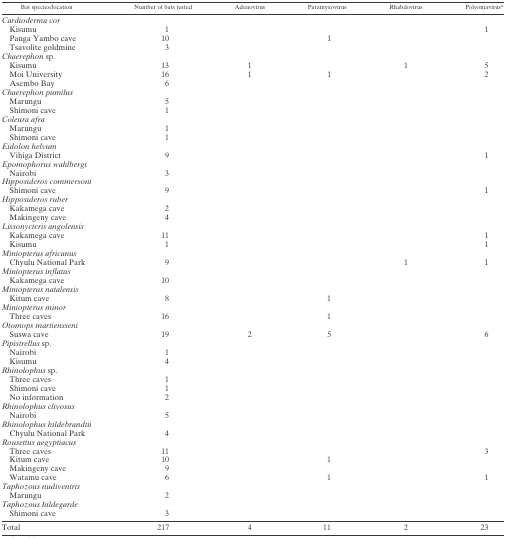
<table><thead><tr><td><b>Bat species/location</b></td><td><b>Number of bats tested</b></td><td><b>Adenovirus</b></td><td><b>Paramyxovirus</b></td><td><b>Rhabdovirus</b></td><td><b>Polyomavirus*</b></td></tr></thead><tbody><tr><td colspan="6"><i>Cardioderma cor</i></td></tr><tr><td> Kisumu</td><td>1</td><td></td><td></td><td></td><td>1</td></tr><tr><td> Panga Yambo cave</td><td>10</td><td></td><td>1</td><td></td><td></td></tr><tr><td> Tsavolite goldmine</td><td>3</td><td></td><td></td><td></td><td></td></tr><tr><td colspan="6"><i>Chaerephon</i> sp.</td></tr><tr><td> Kisumu</td><td>13</td><td>1</td><td></td><td>1</td><td>5</td></tr><tr><td> Moi University</td><td>16</td><td>1</td><td>1</td><td></td><td>2</td></tr><tr><td> Asembo Bay</td><td>6</td><td></td><td></td><td></td><td></td></tr><tr><td colspan="6"><i>Chaerephon pumilus</i></td></tr><tr><td> Marungu</td><td>5</td><td></td><td></td><td></td><td></td></tr><tr><td> Shimoni cave</td><td>1</td><td></td><td></td><td></td><td></td></tr><tr><td colspan="6"><i>Coleura afra</i></td></tr><tr><td> Marungu</td><td>1</td><td></td><td></td><td></td><td></td></tr><tr><td> Shimoni cave</td><td>1</td><td></td><td></td><td></td><td></td></tr><tr><td colspan="6"><i>Eidolon helvum</i></td></tr><tr><td> Vihiga District</td><td>9</td><td></td><td></td><td></td><td>1</td></tr><tr><td colspan="6"><i>Epomophorus wahlbergi</i></td></tr><tr><td> Nairobi</td><td>3</td><td></td><td></td><td></td><td></td></tr><tr><td colspan="6"><i>Hipposideros commersoni</i></td></tr><tr><td> Shimoni cave</td><td>9</td><td></td><td></td><td></td><td>1</td></tr><tr><td colspan="6"><i>Hipposideros ruber</i></td></tr><tr><td> Kakamega cave</td><td>2</td><td></td><td></td><td></td><td></td></tr><tr><td> Makingeny cave</td><td>4</td><td></td><td></td><td></td><td></td></tr><tr><td colspan="6"><i>Lissonycteris angolensis</i></td></tr><tr><td> Kakamega cave</td><td>11</td><td></td><td></td><td></td><td>1</td></tr><tr><td> Kisumu</td><td>1</td><td></td><td></td><td></td><td>1</td></tr><tr><td colspan="6"><i>Miniopterus africanus</i></td></tr><tr><td> Chyulu National Park</td><td>9</td><td></td><td></td><td>1</td><td>1</td></tr><tr><td colspan="6"><i>Miniopterus inflatus</i></td></tr><tr><td> Kakamega cave</td><td>10</td><td></td><td></td><td></td><td></td></tr><tr><td colspan="6"><i>Miniopterus natalensis</i></td></tr><tr><td> Kitum cave</td><td>8</td><td></td><td>1</td><td></td><td></td></tr><tr><td colspan="6"><i>Miniopterus minor</i></td></tr><tr><td> Three caves</td><td>16</td><td></td><td>1</td><td></td><td></td></tr><tr><td colspan="6"><i>Otomops martiensseni</i></td></tr><tr><td> Suswa cave</td><td>19</td><td>2</td><td>5</td><td></td><td>6</td></tr><tr><td colspan="6"><i>Pipistrellus</i> sp.</td></tr><tr><td> Nairobi</td><td>1</td><td></td><td></td><td></td><td></td></tr><tr><td> Kisumu</td><td>4</td><td></td><td></td><td></td><td></td></tr><tr><td colspan="6"><i>Rhinolophus</i> sp.</td></tr><tr><td> Three caves</td><td>1</td><td></td><td></td><td></td><td></td></tr><tr><td> Shimoni cave</td><td>1</td><td></td><td></td><td></td><td></td></tr><tr><td> No information</td><td>2</td><td></td><td></td><td></td><td></td></tr><tr><td colspan="6"><i>Rhinolophus clivosus</i></td></tr><tr><td> Nairobi</td><td>5</td><td></td><td></td><td></td><td></td></tr><tr><td colspan="6"><i>Rhinolophus hildebrandtii</i></td></tr><tr><td> Chyulu National Park</td><td>4</td><td></td><td></td><td></td><td></td></tr><tr><td colspan="6"><i>Rousettus aegyptiacus</i></td></tr><tr><td> Three caves</td><td>11</td><td></td><td></td><td></td><td>3</td></tr><tr><td> Kitum cave</td><td>10</td><td></td><td>1</td><td></td><td></td></tr><tr><td> Makingeny cave</td><td>9</td><td></td><td></td><td></td><td></td></tr><tr><td> Watamu cave</td><td>6</td><td></td><td>1</td><td></td><td>1</td></tr><tr><td colspan="6"><i>Taphozous nudiventris</i></td></tr><tr><td> Marungu</td><td>2</td><td></td><td></td><td></td><td></td></tr><tr><td colspan="6"><i>Taphozous hildegarde</i></td></tr><tr><td> Shimoni cave</td><td>3</td><td></td><td></td><td></td><td></td></tr><tr><td>Total</td><td>217</td><td>4</td><td>11</td><td>2</td><td>23</td></tr></tbody></table>